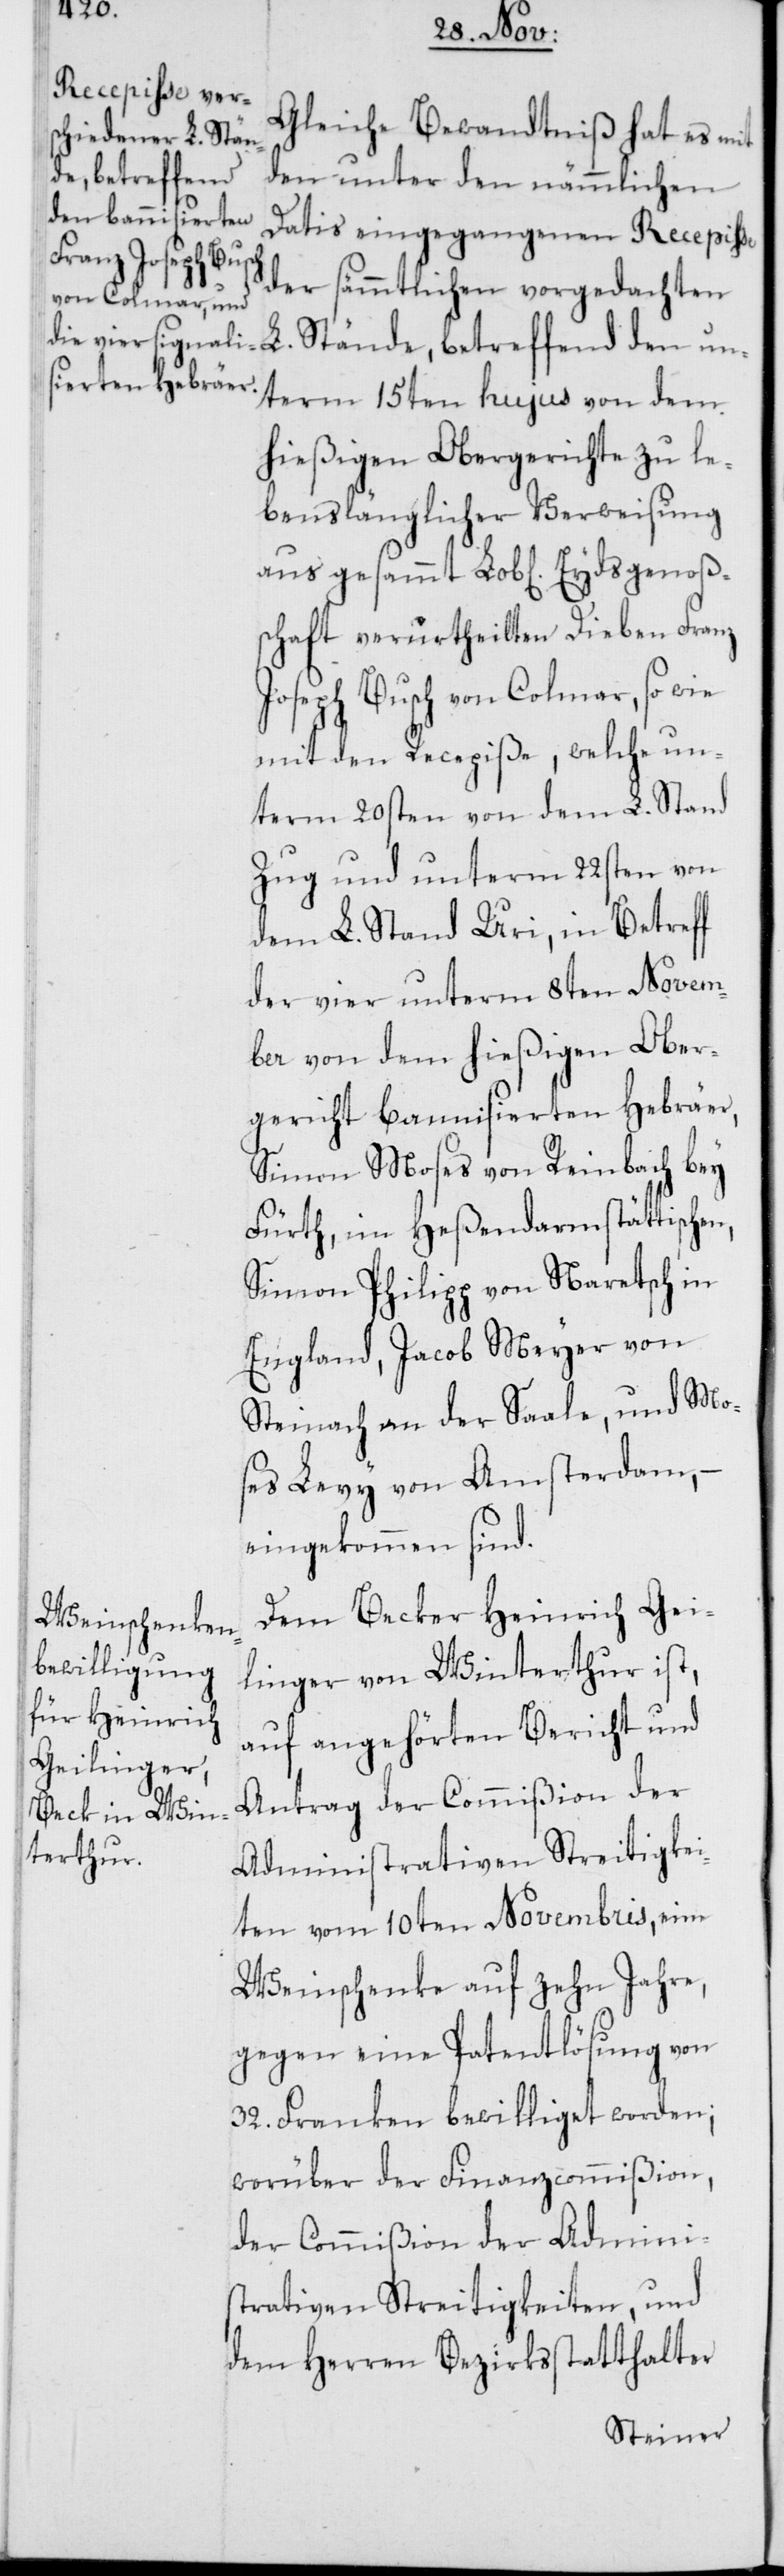
Gleiche Bewandtniß hat es mit
den unter den nämmlichen
Datis eingegangenen Recepiße
der sämmtlichen vorgedachten
L. Stände, betreffend den un¬
term 15ten hujus von dem
hießigen Obergerichte zu le¬
benslänglicher Verweisung
aus gesammt Lob[li cher] Eydsgenoßen¬
schaft verurtheilten Dieben Franz
Joseph Busch von Colmar, so wie
mit den Recepiße, welche un¬
term 20sten von dem L. Stand
Zug und unterm 22sten von
dem L. Stand Uri, in Betreff
der vier unterm 8ten Novem¬
ber von dem hießigen Ober¬
gericht bannisierten Hebräer,
Simon Moses von Reinbach bey
Fürth, im Heßendarmstättischen,
Simon Philipp von Naretsch in
England, Jacob Meyer von
Steinach an der Saale, und Mo¬
ses Levy von Amsterdam, –
eingekommen sind.
Dem Becker Heinrich Gei¬
linger von Winterthur ist,
auf angehörten Bericht und
Antrag der Commißion der
Administrativen Streitigkei¬
ten vom 10ten Novembris, eine
Weinschenke auf zehn Jahre,
gegen eine Patentlösung von
32. Franken bewilliget worden;
worüber der Finanzcommißion,
der Commißion der Adminis¬
trativen Streitigkeiten, und
dem Herren Bezirksstatthalter